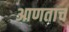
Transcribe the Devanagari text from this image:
आणताच